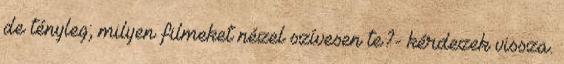
de tényleg; milyen filmeket nézel szívesen te?- kérdezek vissza.